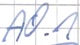
Text: A0.1